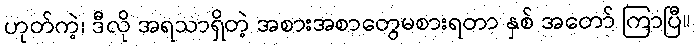
ဟုတ်ကဲ့၊ ဒီလို အရသာရှိတဲ့ အစားအစာတွေမစားရတာ နှစ် အတော် ကြာပြီ။